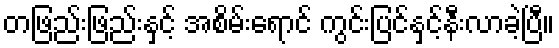
တဖြည်းဖြည်းနှင့် အစိမ်းရောင် ကွင်းပြင်နှင့်နီးလာခဲ့ပြီ။